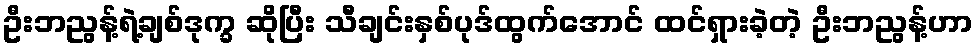
ဦးဘညွန့်ရဲ့ချစ်ဒုက္ခ ဆိုပြီး သီချင်းနှစ်ပုဒ်ထွက်အောင် ထင်ရှားခဲ့တဲ့ ဦးဘညွန့်ဟာ